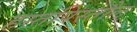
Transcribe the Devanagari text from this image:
हस्तपिस्तौल